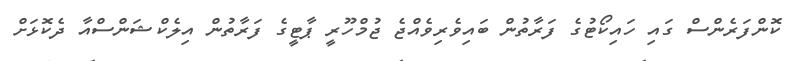
ކޮންފަރެންސް ގައި ހައިކޯޓުގެ ފަރާތުން ބައިވެރިވެއްޖެ ޖުމްހޫރީ ޕާޓީގެ ފަރާތުން އިލެކްޝަންސްއާ ދެކޮޅަށް